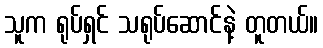
သူက ရုပ်ရှင် သရုပ်ဆောင်နဲ့ တူတယ်။